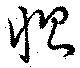
惻